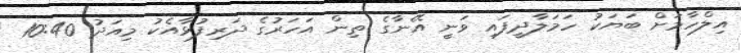
އިލްހާމަށް ބަޔަކު ހަމަލާދީފައި ވަނީ އޭނާގެ ތިން އަހަރުގެ ދަރިފުޅާއެކު މިއަދު 10:40